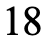
18